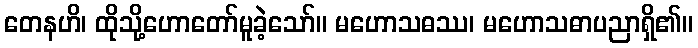
တေနဟိ၊ ထိုသို့ဟောတော်မူခဲ့သော်။ မဟောသဓဿ၊ မဟောသဓာပညာရှိ၏။